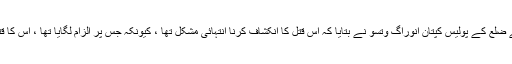
معاملہ کا انکشاف کرتے ہوئے ضلع کے پولیس کپتان انوراگ وتسو نے بتایا کہ اس قتل کا انکشاف کرنا انتہائی مشکل تھا ، کیونکہ جس پر الزام لگایا تھا ، اس کا قتل سے کوئی واسطہ نہیں تھا ۔